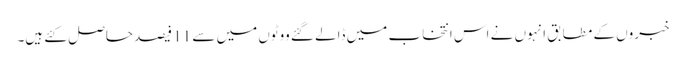
خبروں کے مطابق انہوں نے اس انتخاب میں ڈالے گئے ووٹوں میں سے 11 فیصد حاصل کئے ہیں۔